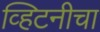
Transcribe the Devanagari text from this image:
व्हिटनीचा